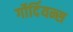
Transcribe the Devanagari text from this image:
र्गोर्दियन्स